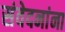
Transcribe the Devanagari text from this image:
संवेदनांना